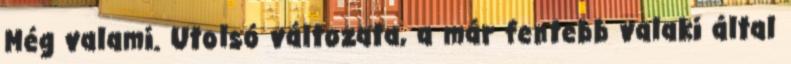
Még valami. Utolsó változata, a már fentebb valaki által